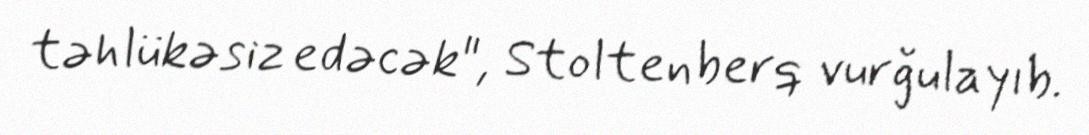
təhlükəsiz edəcək", Stoltenberq vurğulayıb.